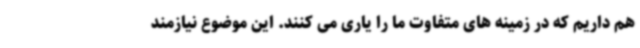
هم داریم که در زمینه های متفاوت ما را یاری می کنند. این موضوع نیازمند